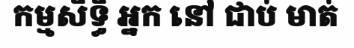
កម្មសិទ្ធិ អ្នក នៅ ជាប់ មាត់